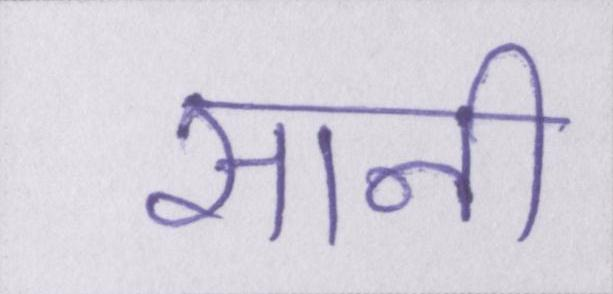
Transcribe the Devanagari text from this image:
सानी